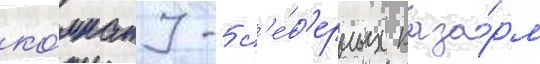
ко́мнату 5 с'е́в'ерных каза́рм